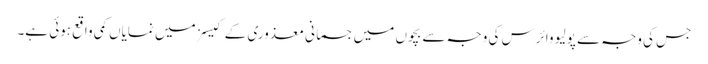
جس کی وجہ سے پولیو وائرس کی وجہ سے بچوں میں جسمانی معذوری کے کیسز میں نمایاں کمی واقع ہوئی ہے۔